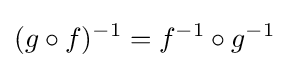
(g\circ f)^{-1}=f^{-1}\circ g^{-1}